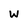
Character: w